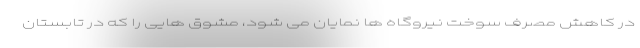
در کاهش مصرف سوخت نیروگاه ها نمایان می شود، مشوق هایی را که در تابستان